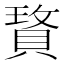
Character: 𰷆